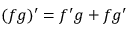
( f g ) ^ { \prime } = f ^ { \prime } g + f g ^ { \prime }